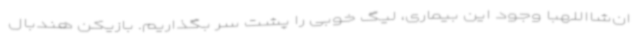
ان‌شااللهبا وجود این بیماری، لیگ خوبی را پشت سر بگذاریم. بازیکن هندبال